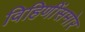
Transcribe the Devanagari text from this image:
विहिणींसमोर